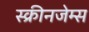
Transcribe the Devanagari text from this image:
स्क्रीनजेम्स